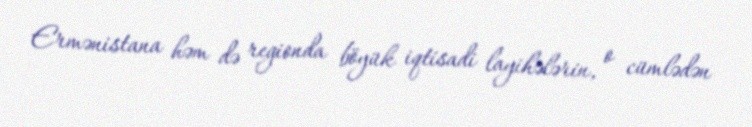
Ermənistana həm də regionda böyük iqtisadi layihələrin, o cümlədən